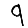
Digit: 9